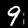
Label: 9